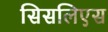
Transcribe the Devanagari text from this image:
सिसलिएस